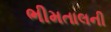
ભીમતાલની